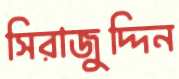
সিরাজুদ্দিন